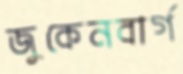
জুকেনবার্গ